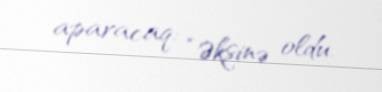
aparacaq: “Əksinə oldu.